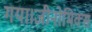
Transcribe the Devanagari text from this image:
गया।जीनोमिक्स